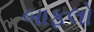
બાફલો